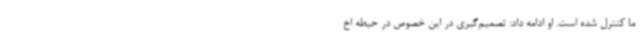
ما کنترل شده است. او ادامه داد: تصمیم‌گیری در این خصوص در حیطه اخ